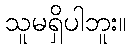
သူမရှိပါဘူး။